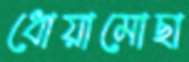
ধোয়ামোছা